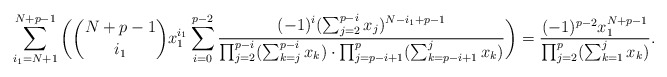
\begin{align*}\sum_{i_1=N+1}^{N+p-1} \bigg(\binom{N+p-1}{i_1} x_1^{i_1}\sum_{i=0}^{p-2}\frac{ (-1)^i(\sum_{j=2}^{p-i}x_j)^{N-i_1+p-1} }{\prod_{j=2}^{p-i}(\sum_{k=j}^{p-i}x_k)\cdot \prod_{j=p-i+1}^{p}(\sum_{k=p-i+1}^j x_k)}\bigg)=\frac{(-1)^{p-2}x_1^{N+p-1}}{ \prod_{j=2}^{p}(\sum_{k=1}^j x_k)}.\end{align*}